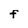
Character: F